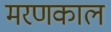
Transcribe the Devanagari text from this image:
मरणकाल